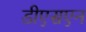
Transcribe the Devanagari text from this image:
डीएसएन